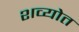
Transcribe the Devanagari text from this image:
शव्योत